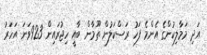
އަދި މަމާލިކުންގެ އެންމެ ފަހު ރަސްކަލުން ތޫމާން ބާއީ ހިޖުރައިން 923ވަނަ އަހަރު